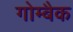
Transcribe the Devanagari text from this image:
गोम्बैक